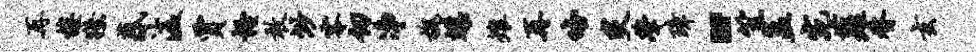
再楼獠惑溘贾怪敢渺零仞净槐蝶雉再咯炙肇璋“笠孟宛萝瞀玄